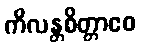
ကိလန္တစိတ္တာဧဝ